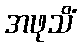
အဖုသိံ